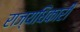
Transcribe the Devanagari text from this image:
राज्यधिकारी